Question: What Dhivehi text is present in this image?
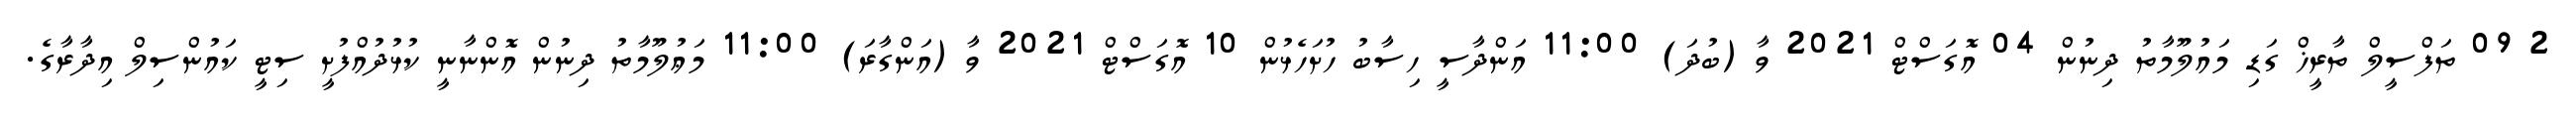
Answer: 2 09 ތަފްސީލް ތާރީޚް ގަޑި މައުލޫމާތު ދިނުން 04 އޮގަސްޓް 2021 ވާ (ބުދަ) 11:00 އަންދާސީ ހިސާބު ހުށަހެޅުން 10 އޮގަސްޓް 2021 ވާ (އަންގާރަ) 11:00 މަޢުލޫމާތު ދިނުން އޮންނާނީ ކުޅުދުއްފުށީ ސިޓީ ކައުންސިލް އިދާރާގެ.